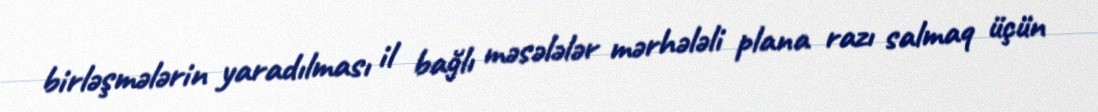
birləşmələrin yaradılması il bağlı məsələlər mərhələli plana razı salmaq üçün